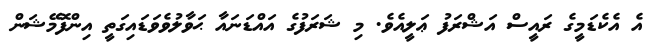
އެ އެކެޑަމީގެ ރައީސް އަޝްރަފު ޢަލީއެވެ. މި ޝަރަފުގެ އައްޑަނައާ ޙަވާލުވެވަޑައިގަތީ އިންފޮމޭޝަން